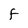
Character: F